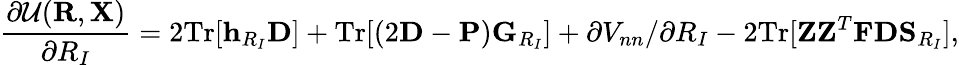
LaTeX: {\displaystyle\frac{\partial{\cal U}({\mathbf R},{\mathbf X})}{\partial R_{I}}=2\mathrm{Tr}[{\mathbf h}_{R_{I}}{\mathbf D}]+\mathrm{Tr}[(2{\mathbf D}-{\mathbf P}){\mathbf G}_{R_{I}}]+\partial V_{nn}/\partial R_{I}-2\mathrm{Tr}[{\mathbf Z}{\mathbf Z}^{T}{\mathbf F}{\mathbf D}{\mathbf S}_{R_{I}}]},